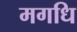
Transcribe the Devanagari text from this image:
मगधि